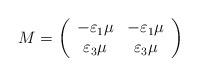
LaTeX: \begin{align*}M=\left( \begin{array}{cc}-\varepsilon_1\mu &-\varepsilon_1\mu\\\varepsilon_3\mu &\varepsilon_{3}\mu\end{array}\right) \end{align*}